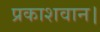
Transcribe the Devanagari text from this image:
प्रकाशवान।